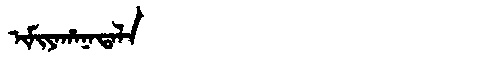
Manchu: ᡳᠮᡳᠶᠠᡥᠠᠨᠠᡨᠠᠯᠠ
Romanization: IMIYAHANATALA